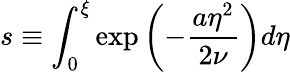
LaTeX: s\equiv\int_{0}^{\xi}\exp\left(-\frac{a\eta^{2}}{2\nu}\right)d\eta